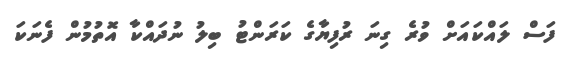
ފަސް ލައްކައަށް ވުރެ ގިނަ ރުފިޔާގެ ކަރަންޓު ބިލު ނުދައްކާ އޮތުމުން ފެނަކަ